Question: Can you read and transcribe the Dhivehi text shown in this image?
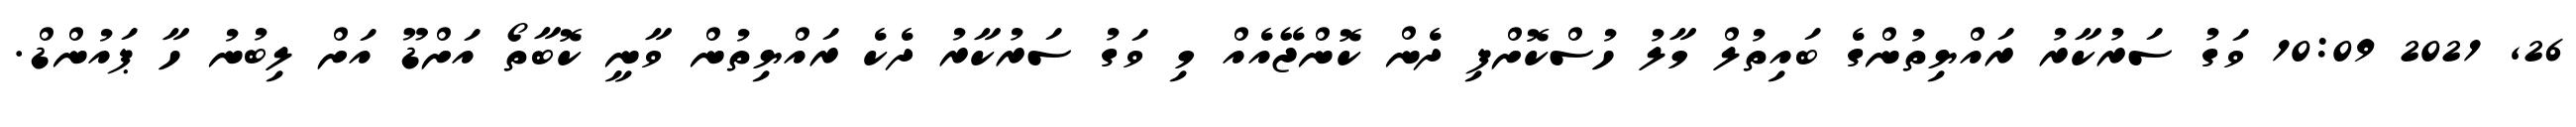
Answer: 26, 2021 10:09 ވަގު ސަރުކާރު ރައްޔިތުންގެ ބައިތުލް މާލު ހުސްކޮށްފި ދެން ކޮންޖޭއެއް މި ވަގު ސަރުކާރު ދެކެ ރައްޔިތުން ވާނީ ކޮބާތޯ އަށްޑޫ އަށް ލިބުނު ހާ ޕައުންޑް.